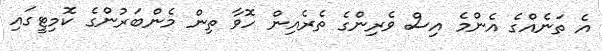
އެ ތަނެއްގެ އެންމެ އިސް ވެރިންގެ ތެރެއިން ހޮވާ ތިން މެންބަރުންގެ ކޮމިޓީގައި